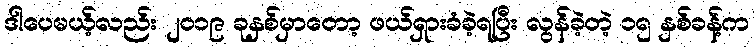
ဒါပေမယ့်လည်း ၂၀၁၉ ခုနှစ်မှာတော့ ဖယ်ရှားခံခဲ့ရပြီး လွန်ခဲ့တဲ့ ၁၅ နှစ်ခန့်က